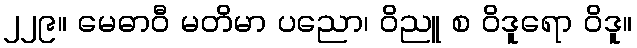
၂၂၉။ မေဓာဝီ မတိမာ ပညော၊ ဝိညူ စ ဝိဒူရော ဝိဒူ။